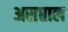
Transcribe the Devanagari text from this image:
असप्ताल